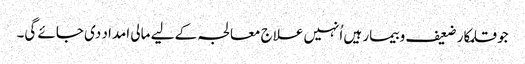
جو قلمکار ضعیف و بیمار ہیں اُنہیں علاج معالجہ کے لیے مالی امداد دی جائے گی۔